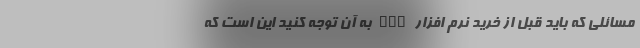
مسائلی که باید قبل از خرید نرم افزار CRM به آن توجه کنید این است که